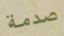
صدمة